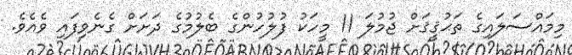
މިމައްސަލައިގެ ތަޙުޤީޤަށް ޖުމުލަ 11 މީހަކު ފުލުހުންގެ ބެލުމުގެ ދަށަށް ގެނެވިފައި ވެއެވެ.